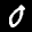
Label: 0